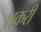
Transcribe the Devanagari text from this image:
शकरी